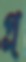
প্র্